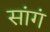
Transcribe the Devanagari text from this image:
सांगं